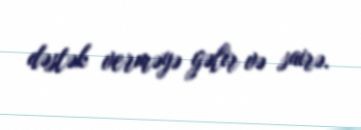
dəstək verməyə gəlir və sairə.